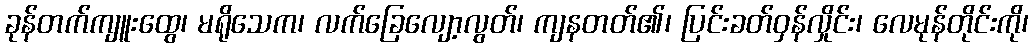
ခုန်တက်ကျူးထွေ၊ မရိုသေက၊ လက်ခြေလျော့လွတ်၊ ကျနတတ်၏၊ ပြင်းခတ်ဝှန်လှိုင်း၊ လေမုန်တိုင်းကို၊